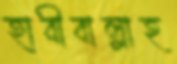
হাবীবাল্লাহ